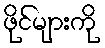
ဖိုင်များကို